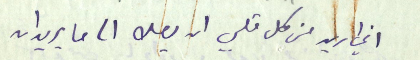
اني اريد من كل قلبي ان يصل الى ما يريدان